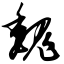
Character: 魏